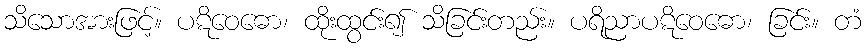
သိသောအားဖြင့်။ ပဋိဝေဓော၊ ထိုးထွင်း၍ သိခြင်းတည်း။ ပရိညာပဋိဝေဓော၊ ခြင်း။ တံ